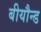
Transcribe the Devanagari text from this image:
बीयौन्ड